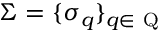
\Sigma = \{ \sigma _ { q } \} _ { q \in \mathrm { ~ Q ~ } }